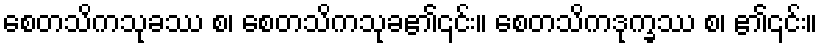
စေတသိကသုခဿ စ၊ စေတသိကသုခ၏၎င်း။ စေတသိကဒုက္ခဿ စ၊ ၏၎င်း။